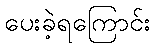
ပေးခဲ့ရကြောင်း